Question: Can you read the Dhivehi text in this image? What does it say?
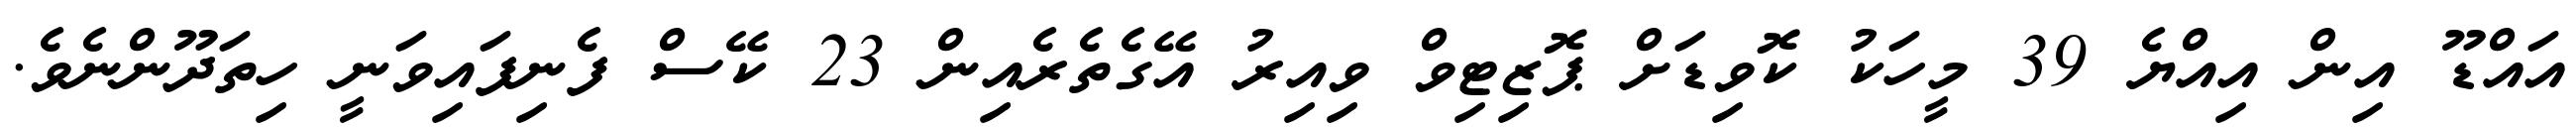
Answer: އައްޑޫ އިން އިއްޔެ 39 މީހަކު ކޮވިޑަށް ޕޮޒިޓިވް ވިއިރު އޭގެތެރެއިން 23 ކޭސް ފެނިފައިވަނީ ހިތަދޫންނެވެ.